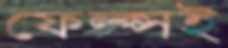
ফেল্প্সই